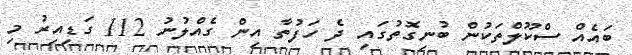
ބައެއް ސްކޫލްތަކުން ބުނިގޮތުގައި ދެ ހަފުތާ އިން ގެއްލުނު 112 ގަޑިއިރު މި